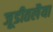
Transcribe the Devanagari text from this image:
जूडीतलैया